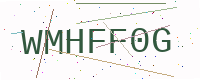
Text: WMHFF0G